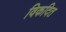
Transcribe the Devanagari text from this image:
विकदित